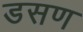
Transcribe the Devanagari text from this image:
डसण